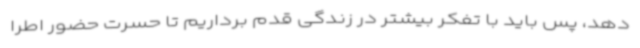
دهد، پس باید با تفکر بیشتر در زندگی قدم برداریم تا حسرت حضور اطرا